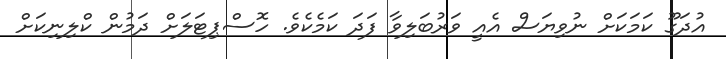
އުދަގޫ ކަމަކަށް ނުވިޔަސް އެއީ ވަރުބަލިވާ ފަދަ ކަމެކެވެ. ހޮސްޕިޓަލަށް ދަމުން ކްލިނިކަށް